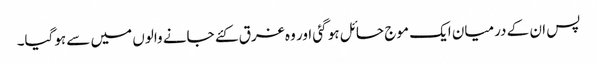
پس ان کے درمیان ایک موج حائل ہو گئی اور وہ غرق کئے جانے والوں میں سے ہوگیا۔